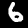
Digit: 6